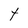
Character: t